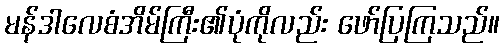
မန်ဒါလေစံအိမ်ကြီး၏ပုံကိုလည်း ဖော်ပြကြသည်။